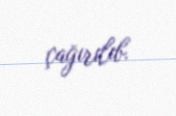
çağırılıb.